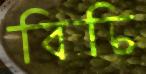
বিচি